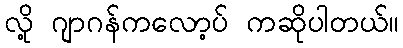
လို့ ဂျာဂန်ကလော့ပ် ကဆိုပါတယ်။